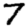
Digit: 7